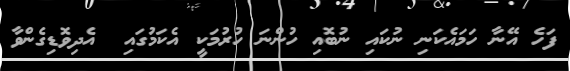
ފަހެ އޭނާ ހަމައެކަނި ނުކައި ނުބޮއި ހުންނަ ހުރުމަކީ އެކަމުގައި  އެދިވޮޑިގެންވާ